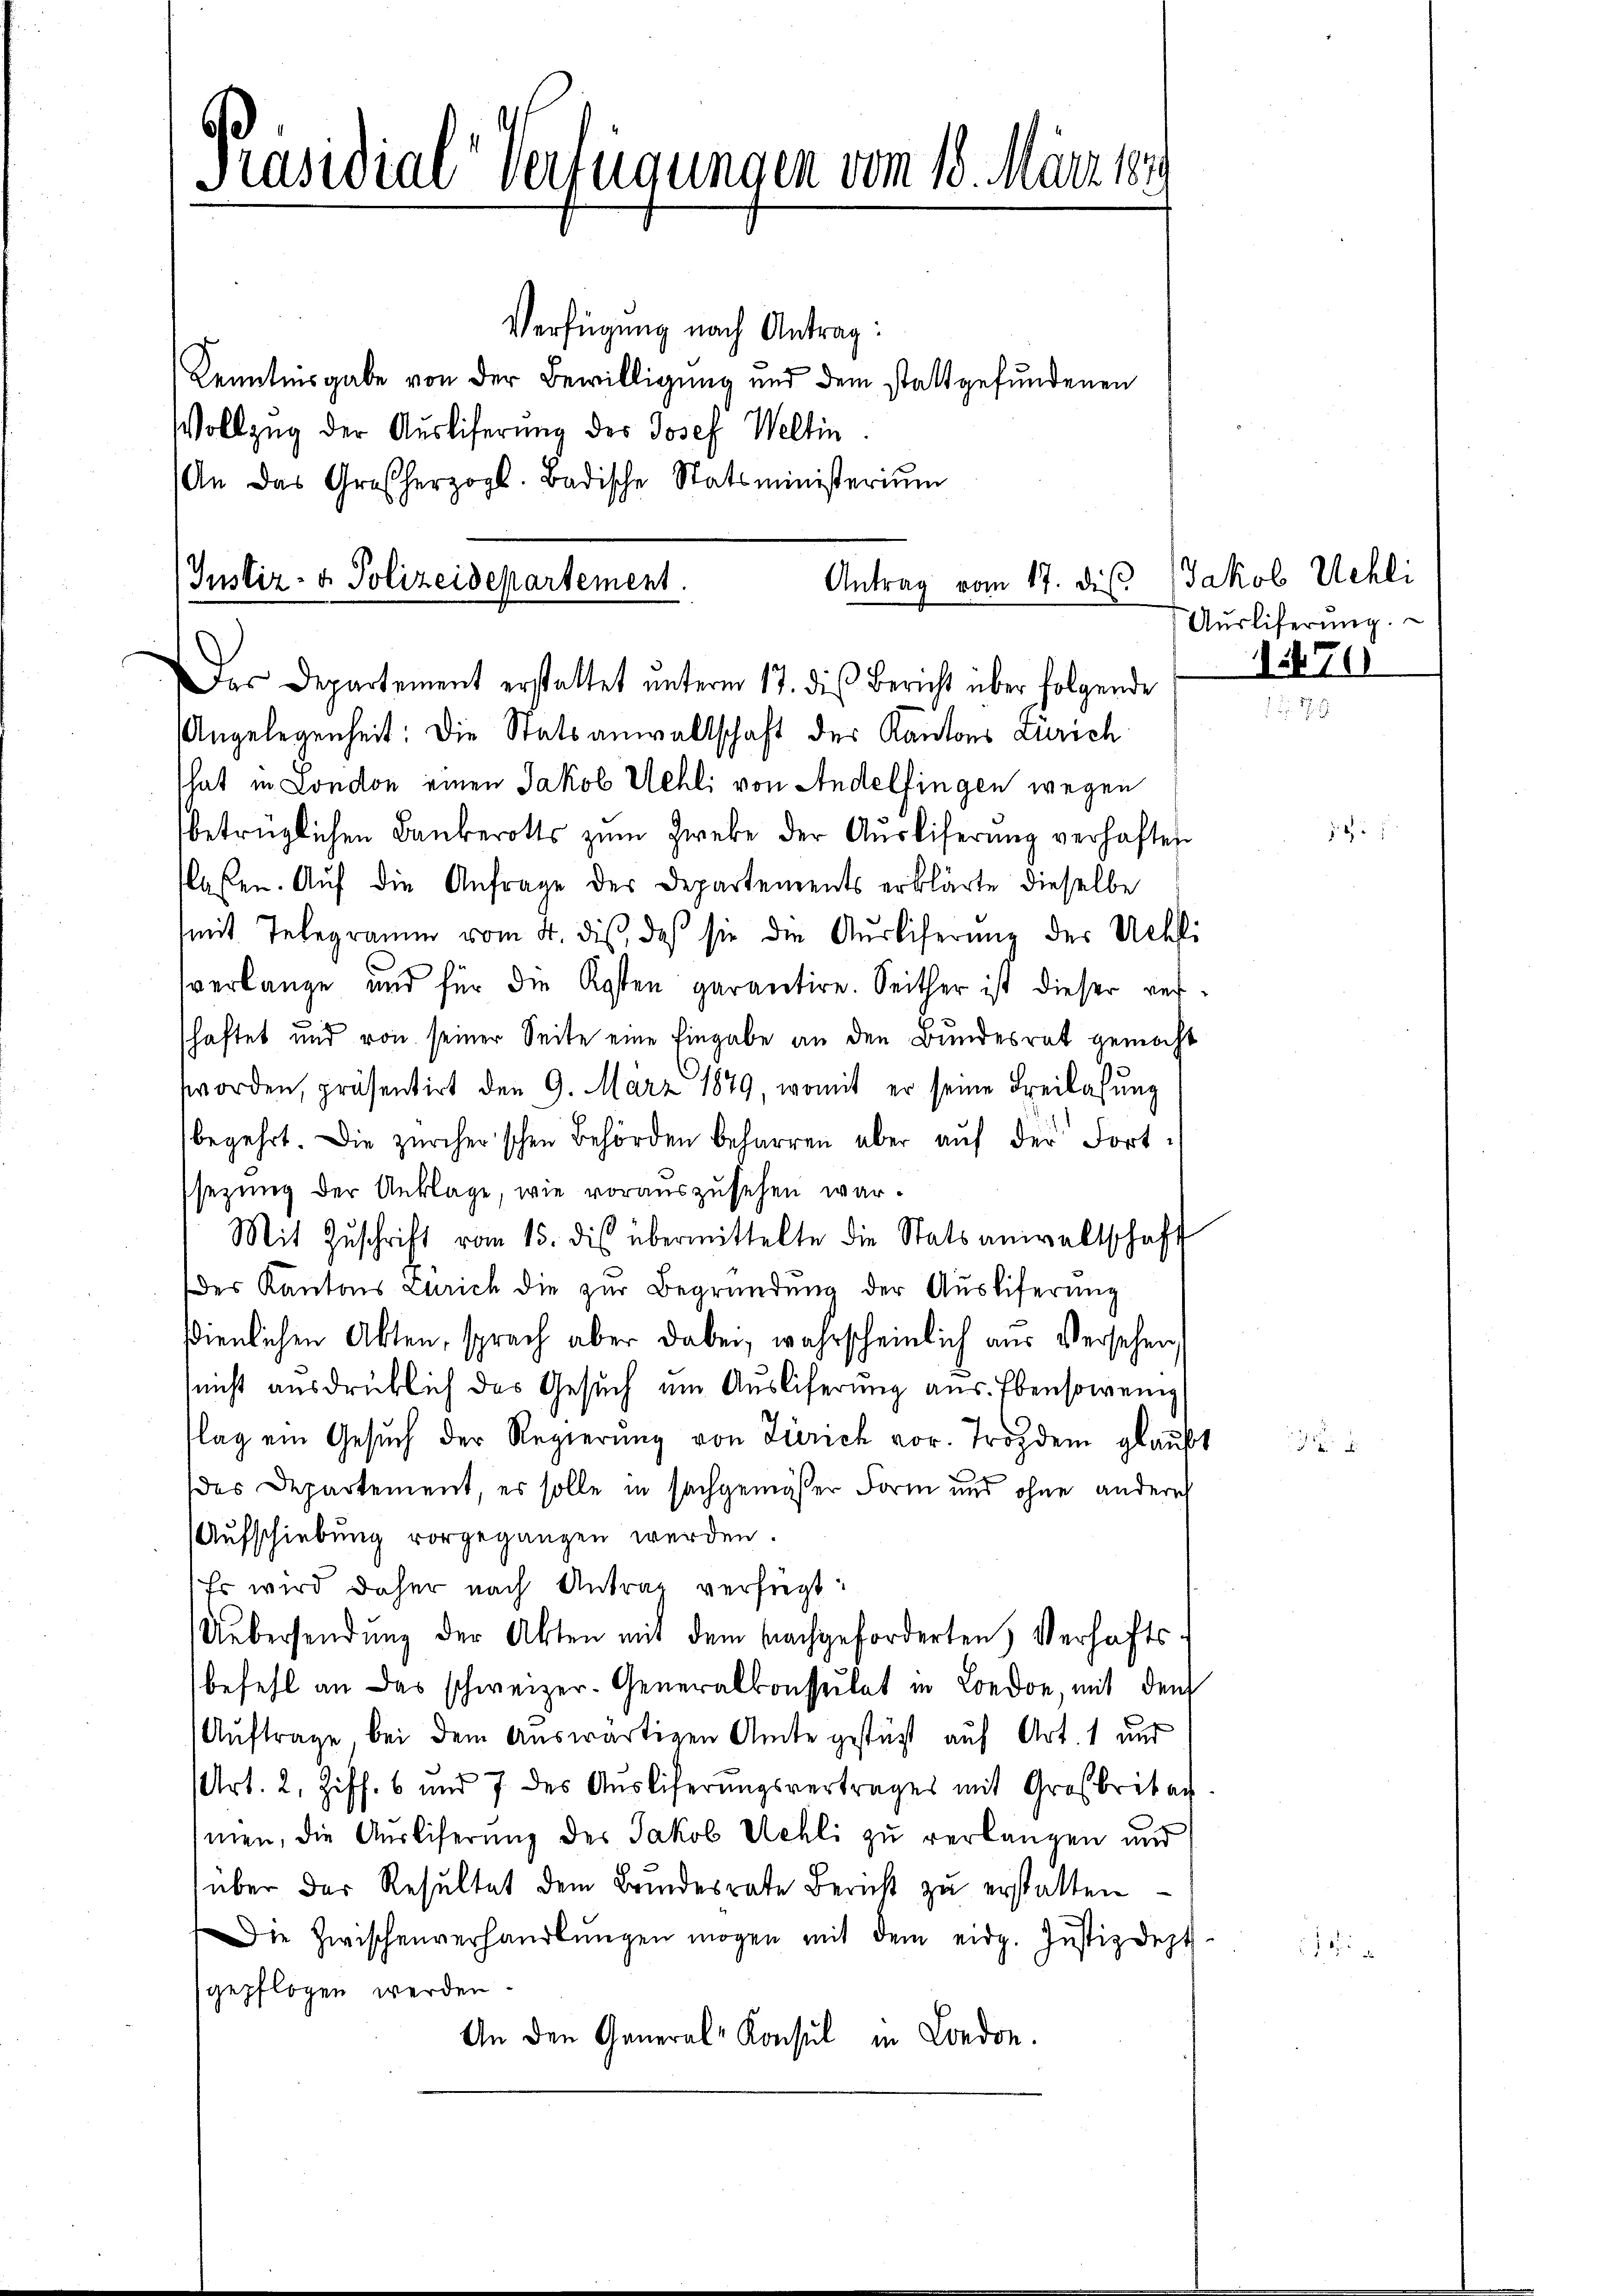
Präsidial-Verfügungen vom 18. März 189

Verfügung nach Antrag:
Kenntnisgabe von der Bewilligung und dem stattgefundenen
Vollzug der Ausliferung des Josef Weltin
An das Großherzogl. Badische Statsministerium

Antrag vom 17. die Jakob Uehli
Justiz- & Polizeidepartement.
Das Departement erstattet unterm 17. dies Bericht über folgende

Angelegenheit: Die Statsanwaltschaft der Kantons Zürich
That in London einen Jakob Mehl, von Andelfingen wegen
betrüglichen Bankerotts zŭm Zwebe der Aŭsliferung verhaften
laßen. Auf die Anfrage der Departements erklärte dieselbe
mit Telegramm vom 4. diβ, daβ sie die Aŭsliferŭng der Uehli
verlange und für die Kosten garantire. Seither ist dieser refschaftet und von seiner Seite eine Eingabe an den Bundesrat gemacht
worden, präsentirt den 9. März 1879, womit er seine Freilassung
begehrt die zürcherischen Behörden beharren aber aŭf der Fortsezung der Anklage, wie vorauszusehen war.
Mit Zŭschrift vom 15. dis übermittelte die Statsanwaltschaft
des Kantons Zürich die zŭr Begründŭng der Aŭsliferŭng
sdienlichen Akten, sprach aber dabei, wahrscheinlich aus Versehen
nicht ausdrücklich das Gesuch um Ausliferung aus. Ebensowenig
lag ein Gesŭch der Regierŭng von Zürich vor. Trozdem glaub
des Departement, es solle in sachgemäßer Form und ohne andere
Aufschiebung vorgegangen werden
Er wird daher nach Antrag verfügt:
Uebersendung der Akten mit dem nachgeforderten Verhafts
befehl an das schweizer- Generalkonsulat in London, mit den
Auftrage bei dem Auswärtigen Amte gestüzt auf Art. 1 und
Art. 2, Ziff. 6 und 7 des Aŭsliferungsvertrages mit Großbritan
men, die Auslieferung des Jakob Uehli zu verlangen und
über der Resultat dem Bundesrate Bericht zŭ erstatten
Die Zwischenverhandlŭngen mögen mit dem eidg. Justizdept
gepflogen werden.
An den General-Konsul in London.

Aŭsliferŭng.
1470

1

19